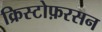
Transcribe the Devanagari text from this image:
क्रिस्टोफ़रसन